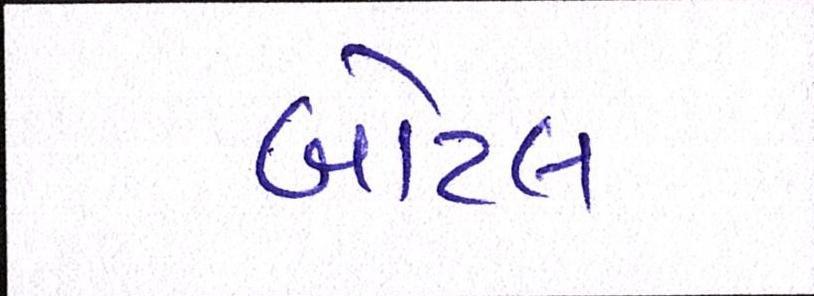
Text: બોટલ